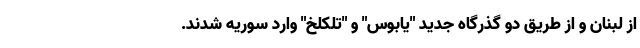
از لبنان و از طریق دو گذرگاه جدید "یابوس" و "تلکلخ" وارد سوریه شدند.